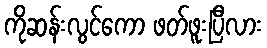
ကိုဆန်းလွင်ကော ဖတ်ဖူးပြီလား